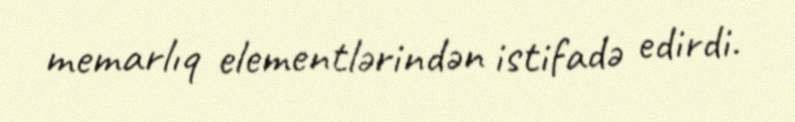
memarlıq elementlərindən istifadə edirdi.